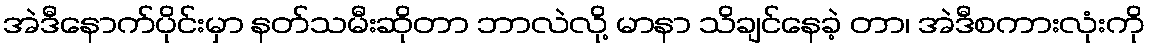
အဲဒီနောက်ပိုင်းမှာ နတ်သမီးဆိုတာ ဘာလဲလို့ မာနာ သိချင်နေခဲ့ တာ၊ အဲဒီစကားလုံးကို